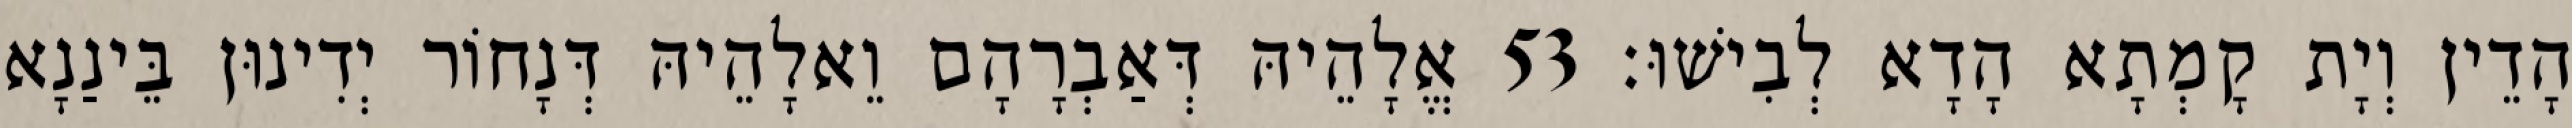
הָדֵין וְיָת קָמְתָא הָדָא לְבִישׁוּ׃ 53 אֱלָהֵיהּ דְּאַבְרָהָם וֵאלָהֵיהּ דְּנָחוֹר יְדִינוּן בֵּינַנָא